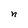
Character: n